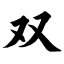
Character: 双